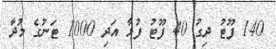
140 ފޫޓު ދިގު 40 ފޫޓު ފުޅާ އަދި 1000 ޓަނުގެ މުދާ